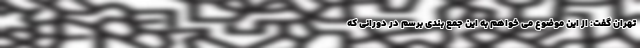
تهران گفت: از این موضوع می خواهم به این جمع بندی برسم در دورانی که